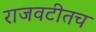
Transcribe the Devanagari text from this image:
राजवटीतच